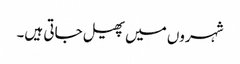
شہروں میں پھیل جاتی ہیں۔